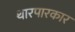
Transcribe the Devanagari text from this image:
थारपारकार